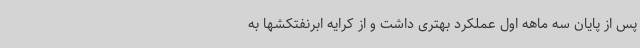
پس از پایان سه ماهه اول عملکرد بهتری داشت و از کرایه ابرنفتکشها به